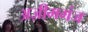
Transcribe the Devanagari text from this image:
अज़ीमगंज